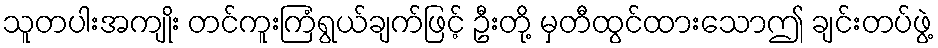
သူတပါးအကျိုး တင်ကူးကြံရွယ်ချက်ဖြင့် ဦးတို့ မှတီထွင်ထားသောဤ ချင်းတပ်ဖွဲ့